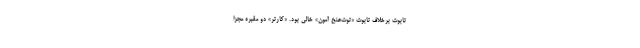
تابوت برخلاف تابوت «توت‌عنخ آمون» خالی بود. «کارتر» دو مقبره مجزا